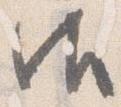
御